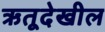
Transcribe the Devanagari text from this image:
ऋतूदेखील